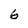
Character: 6